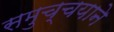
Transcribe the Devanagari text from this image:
समुच्चयाने